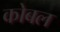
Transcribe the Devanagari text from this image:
कोबल